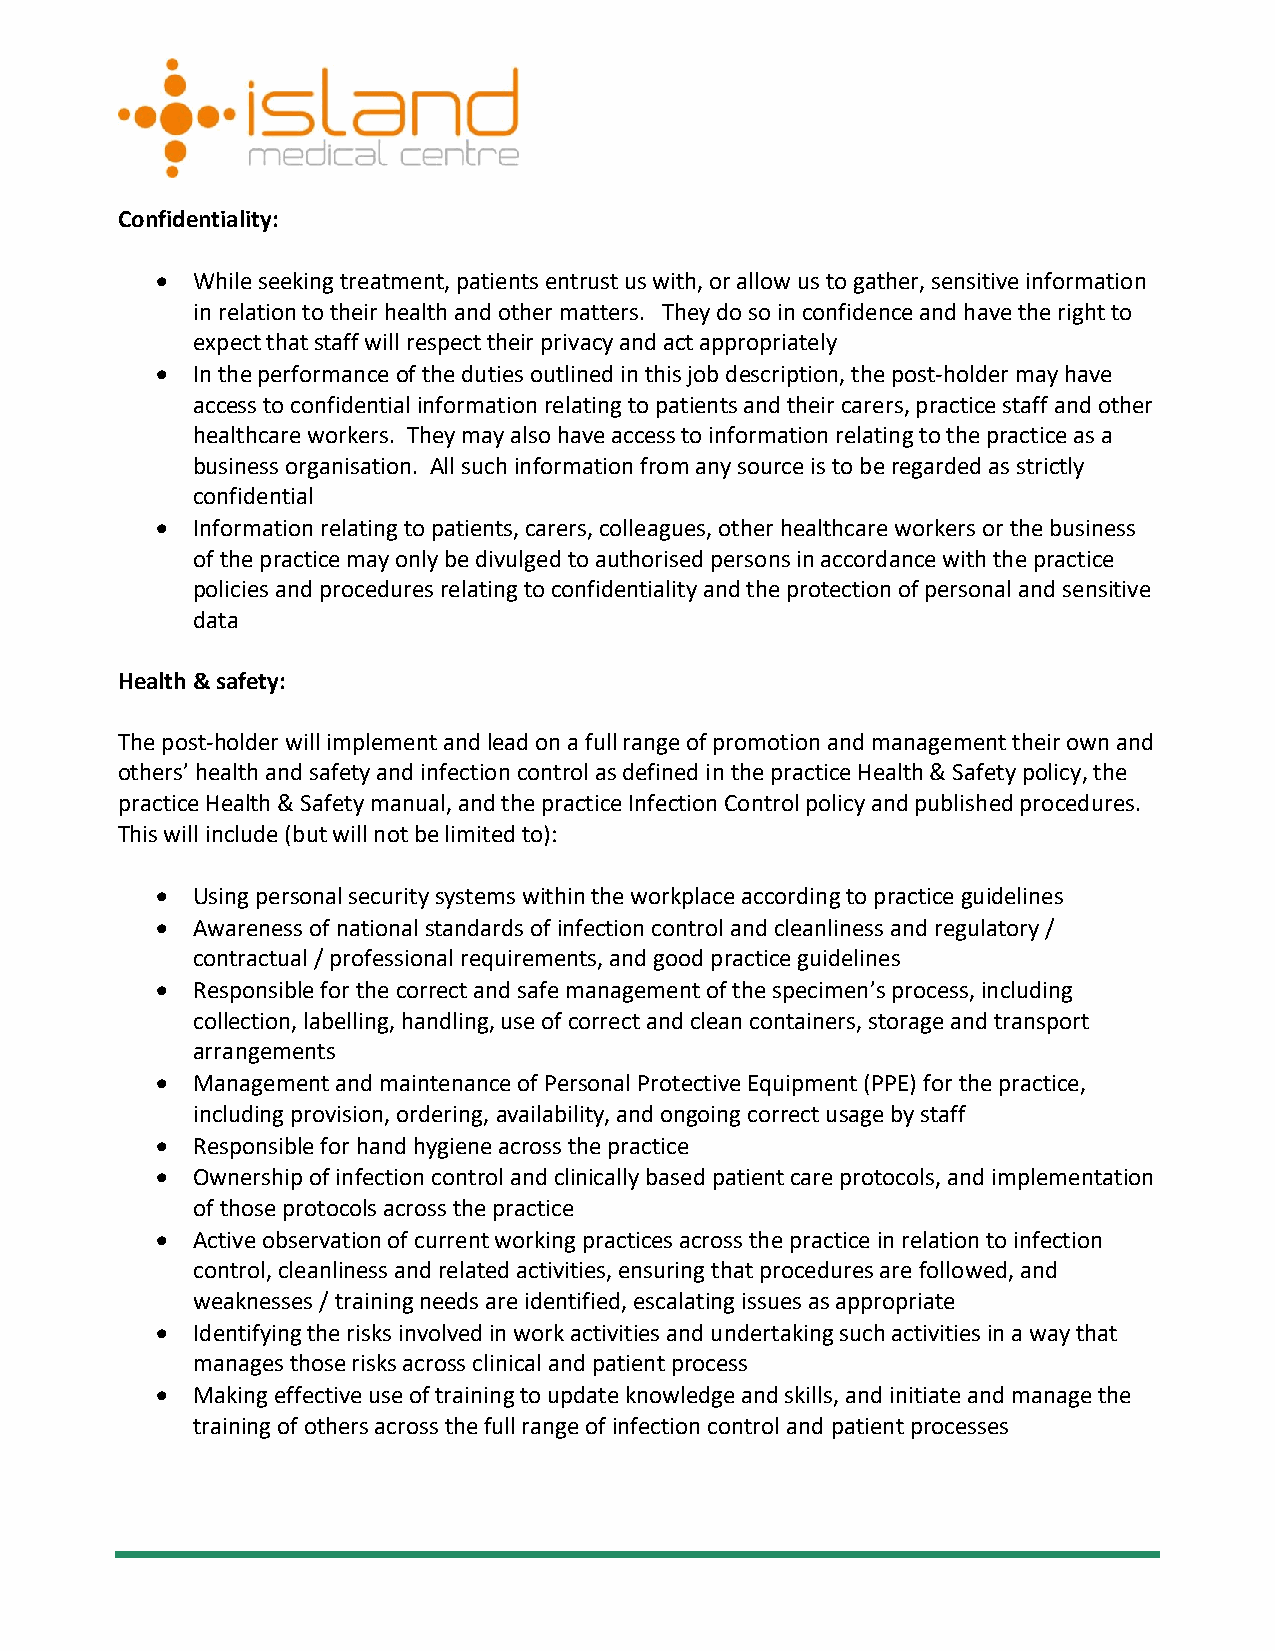
Confidentiality:
 •  While seeking treatment, patients entrust us with, or allow us to gather, sensitive information
 in relation to their health and other matters. They do so in confidence and have the right to
 expect that staff will respect their privacy and act appropriately
 •  In the performance of the duties outlined in this job description, the post-holder may have
 access to confidential information relating to patients and their carers, practice staff and other
 healthcare workers. They may also have access to information relating to the practice as a
 business organisation. All such information from any source is to be regarded as strictly
 confidential
 •  Information relating to patients, carers, colleagues, other healthcare workers or the business
 of the practice may only be divulged to authorised persons in accordance with the practice
 policies and procedures relating to confidentiality and the protection of personal and sensitive
 data
 Health & safety:
 The post-holder will implement and lead on a full range of promotion and management their own and
 others’ health and safety and infection control as defined in the practice Health & Safety policy, the
 practice Health & Safety manual, and the practice Infection Control policy and published procedures.
 This will include (but will not be limited to):
 •  Using personal security systems within the workplace according to practice guidelines
 •  Awareness of national standards of infection control and cleanliness and regulatory /
 contractual / professional requirements, and good practice guidelines
 •  Responsible for the correct and safe management of the specimen’s process, including
 collection, labelling, handling, use of correct and clean containers, storage and transport
 arrangements
 •  Management and maintenance of Personal Protective Equipment (PPE) for the practice,
 including provision, ordering, availability, and ongoing correct usage by staff
 •  Responsible for hand hygiene across the practice
 •  Ownership of infection control and clinically based patient care protocols, and implementation
 of those protocols across the practice
 •  Active observation of current working practices across the practice in relation to infection
 control, cleanliness and related activities, ensuring that procedures are followed, and
 weaknesses / training needs are identified, escalating issues as appropriate
 •  Identifying the risks involved in work activities and undertaking such activities in a way that
 manages those risks across clinical and patient process
 •  Making effective use of training to update knowledge and skills, and initiate and manage the
 training of others across the full range of infection control and patient processes